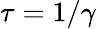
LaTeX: \tau=1/\gamma